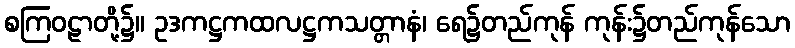
စကြဝဠာတို့၌။ ဥဒကဋ္ဌကထလဋ္ဌကသတ္တာနံ၊ ရေ၌တည်ကုန် ကုန်း၌တည်ကုန်သော